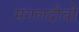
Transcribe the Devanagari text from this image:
मंगलदीवो